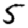
Digit: 5